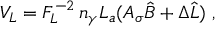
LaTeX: V _ { L } = F _ { L } ^ { - 2 } \, n _ { \gamma } L _ { a } ( A _ { \sigma } \hat { B } + \Delta \hat { L } ) \; ,